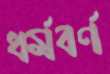
ধর্মবর্ণ